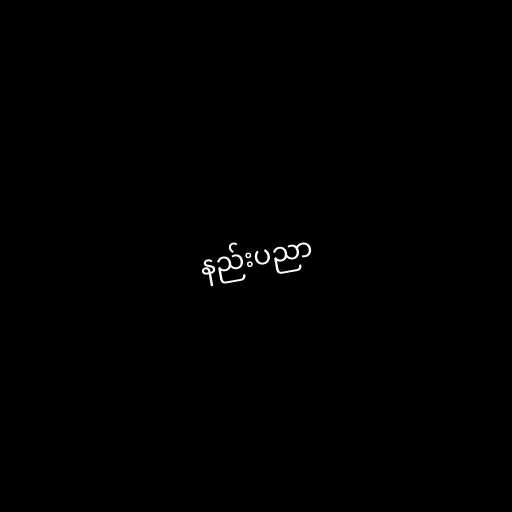
နည်းပညာ